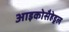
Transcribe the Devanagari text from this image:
आइकोसैहेड्रल